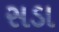
સડા